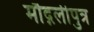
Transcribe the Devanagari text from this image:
मौद्गलीपुत्र